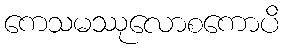
ကေသမဿုလောစကောပိ